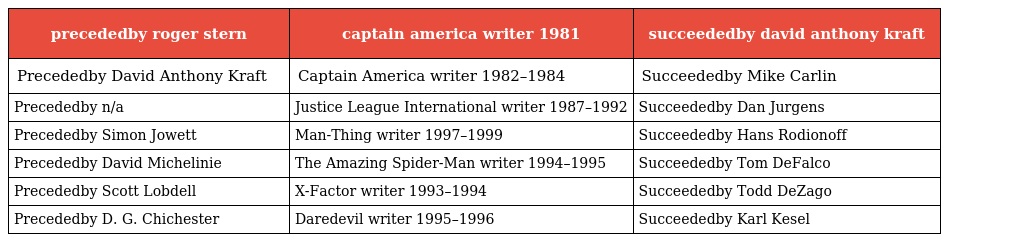
| precededby roger stern | captain america writer 1981 | succeededby david anthony kraft |
 | --- | --- | --- |
 | Precededby David Anthony Kraft | Captain America writer 1982–1984 | Succeededby Mike Carlin |
 | Precededby n/a | Justice League International writer 1987–1992 | Succeededby Dan Jurgens |
 | Precededby Simon Jowett | Man-Thing writer 1997–1999 | Succeededby Hans Rodionoff |
 | Precededby David Michelinie | The Amazing Spider-Man writer 1994–1995 | Succeededby Tom DeFalco |
 | Precededby Scott Lobdell | X-Factor writer 1993–1994 | Succeededby Todd DeZago |
 | Precededby D. G. Chichester | Daredevil writer 1995–1996 | Succeededby Karl Kesel |